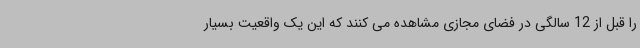
را قبل از 12 سالگی در فضای مجازی مشاهده می کنند که این یک واقعیت بسیار